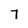
Character: 7